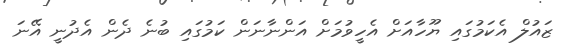
ޒައުލް އެކަމުގައި ޔޫހާއަށް އެހީވުމަށް އަންނާނަން ކަމުގައި ބުނެ ދެން އެދުނީ އޭނަ